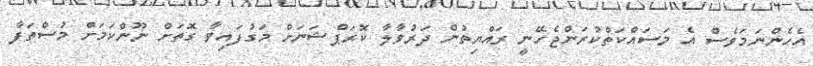
އެހެންނަމަވެސް އެ މަސައްކަތްކުރަންޖެހޭނީ ރައްޔިތުން ދަރުވާލާ ކޮރަޕްޝަނަށް މަގުފައިވާ ގޮތަށް ނޫންކަމަށް މުސްތަފާ